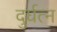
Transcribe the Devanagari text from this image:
दुर्घत्न